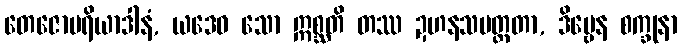
တေဇောပရိယာဒါနံ, ယဒေဝ သော ဣစ္ဆတိ တဿ ဍဟနသမတ္ထတာ, ဒိဗ္ဗေန စက္ခုနာ